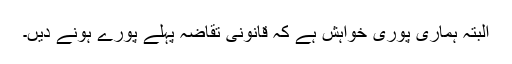
البتہ ہماری پوری خواہش ہے کہ قانونی تقاضہ پہلے پورے ہونے دیں۔